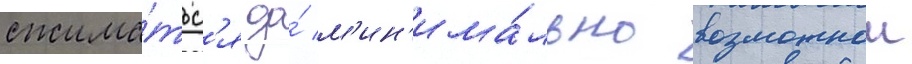
сжима́тьс'я до́ м'ин'има́льно возможнои